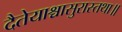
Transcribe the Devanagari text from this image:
दैतेयाश्चासुरास्तथा॥